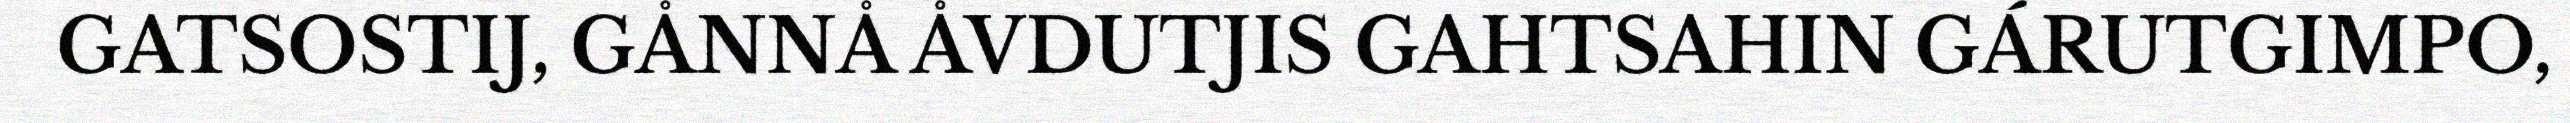
GATSOSTIJ, GÅNNÅ ÅVDUTJIS GAHTSAHIN GÁRUTGIMPO,